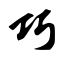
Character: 巧